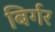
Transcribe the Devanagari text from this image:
बिर्गर